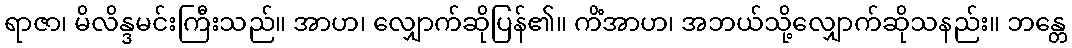
ရာဇာ၊ မိလိန္ဒမင်းကြီးသည်။ အာဟ၊ လျှောက်ဆိုပြန်၏။ ကိံအာဟ၊ အဘယ်သို့လျှောက်ဆိုသနည်း။ ဘန္တေ